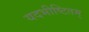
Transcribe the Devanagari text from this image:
यदभीष्टितम्